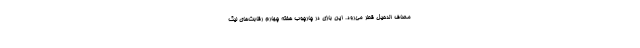
مصاف الدحیل قطر می‌رود. این بازی در چارچوب هفته چهارم رقابت‌های لیگ